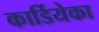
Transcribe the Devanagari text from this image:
कार्डियेका